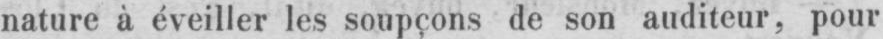
nature à éveiller les soupçons de son auditeur, pour